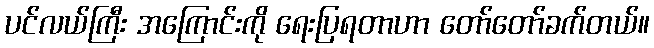
ပင်လယ်ကြီး အကြောင်းကို ရေးပြရတာဟာ တော်တော်ခက်တယ်။